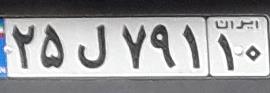
۲۵ل۷۹۱۱۰